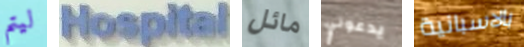
ليتم Hospital مائل يدعوني بالاسبانية